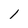
Character: 1